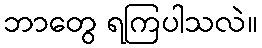
ဘာတွေ ရကြပါသလဲ။